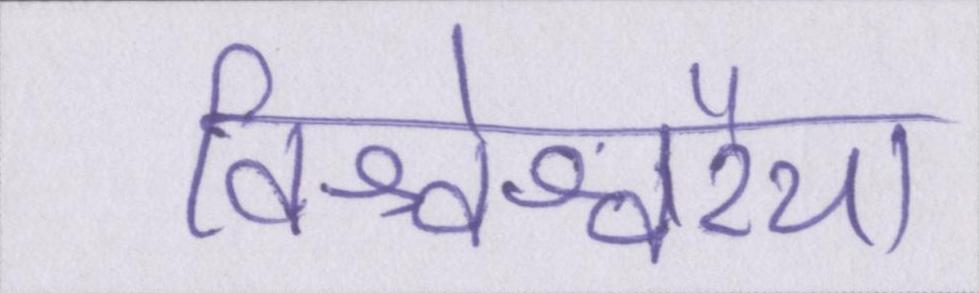
विश्वेश्वरैया